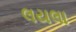
લયલા